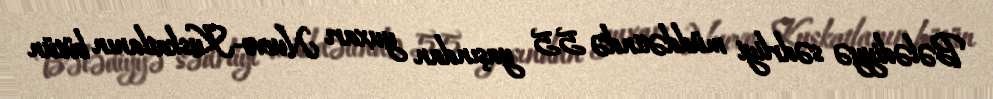
Bələdiyyə sədrliyi müddətində 55 yaşından yuxarı Nuevo-Kuskatlanın bütün